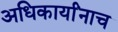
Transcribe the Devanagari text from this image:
अधिकार्यांनाच